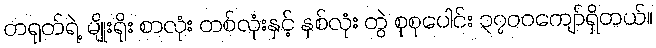
တရုတ်ရဲ့ မျိုးရိုး စာလုံး တစ်လုံးနှင့် နှစ်လုံး တွဲ စုစုပေါင်း ၃၇၀၀ကျော်ရှိတယ်။